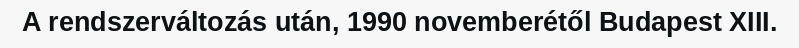
A rendszerváltozás után, 1990 novemberétől Budapest XIII.